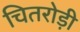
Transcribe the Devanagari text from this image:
चितरोड़ी